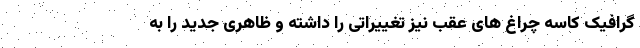
گرافیک کاسه چراغ های عقب نیز تغییراتی را داشته و ظاهری جدید را به